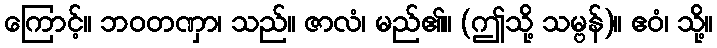
ကြောင့်။ ဘဝတဏှာ၊ သည်။ ဇာလံ၊ မည်၏။ (ဤသို့ သမ္ဗန်)။ ဧဝံ၊ သို့။